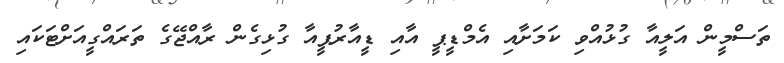
ތަސްމީން އަލީއާ ގުޅުއްވި ކަމަށާއި އެމްޑީޕީ އާއި ޑީއާރުޕީއާ ގުޅިގެން ރާއްޖޭގެ ތަރައްގީއަށްޓަކައި